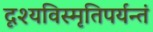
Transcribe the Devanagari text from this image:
दृश्यविस्मृतिपर्यन्तं